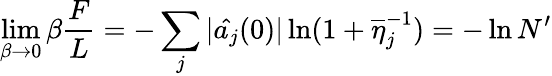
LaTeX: \operatorname*{lim}_{\beta\rightarrow 0}\beta\frac{F}{L}=-\sum_{j}|\hat{a_{j}}(0)|\ln(1+\overline{{{\eta}}}_{j}^{-1})=-\ln N^{\prime}